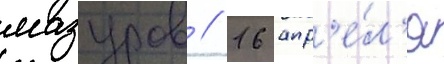
мазуров // 16 апр'е́л'я